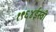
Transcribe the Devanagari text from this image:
१९६४ईस्वी